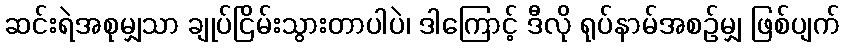
ဆင်းရဲအစုမျှသာ ချုပ်ငြိမ်းသွားတာပါပဲ၊ ဒါကြောင့် ဒီလို ရုပ်နာမ်အစဉ်မျှ ဖြစ်ပျက်